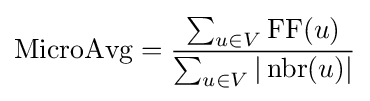
{\text{MicroAvg}}={\frac {\sum _{u\in V}\operatorname {FF} (u)}{\sum _{u\in V}|\operatorname {nbr} (u)|}}